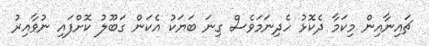
ޗައިނާއިން މިކަމާ ދެކޮޅު ހެދިނަމަވެސް ގިނަ ބަޔަކު އެކަން ގަބޫލު ކޮށްފައި ނުވާއިރު